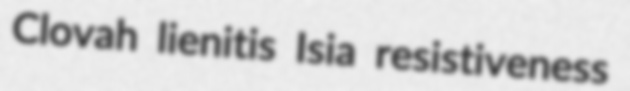
Clovah lienitis Isia resistiveness